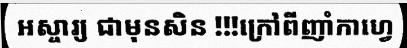
អស្ចារ្យ ជាមុនសិន !!!ក្រៅពីញាំកាហ្វេ